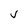
Character: j